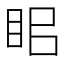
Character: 𥅑